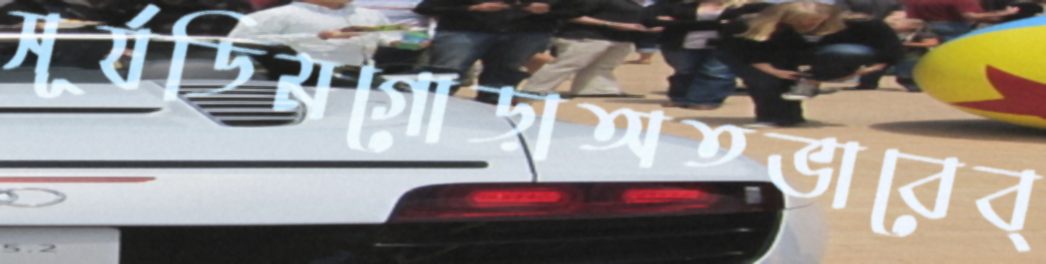
সূর্যডিমগোড়াঅতভাবেব্